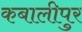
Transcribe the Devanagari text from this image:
कबालीपुर